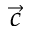
\vec { c }